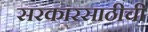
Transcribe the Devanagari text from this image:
सरकारसाठीची